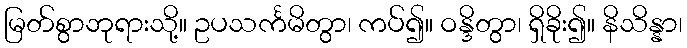
မြတ်စွာဘုရားသို့။ ဥပသင်္ကမိတွာ၊ ကပ်၍။ ဝန္ဒိတွာ၊ ရှိခိုး၍။ နိသိန္နာ၊